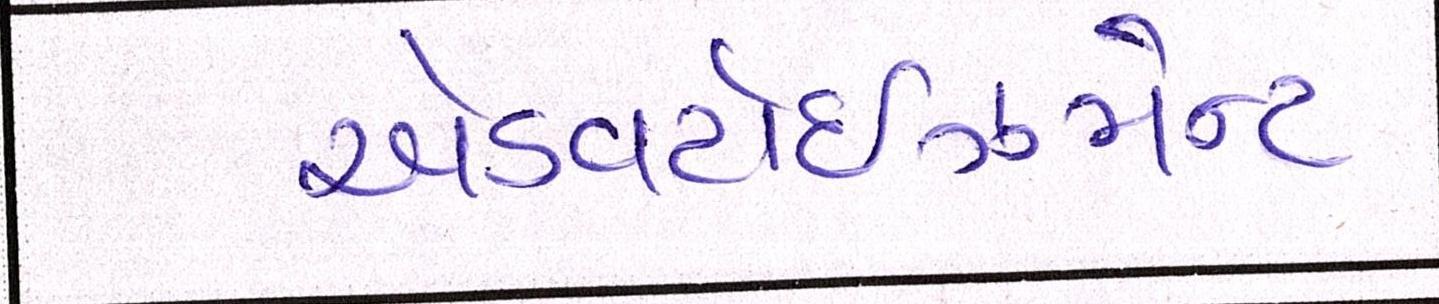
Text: એડવર્ટાઇઝમેન્ટ